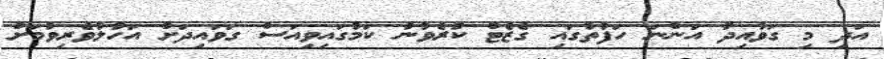
އަދި މި ގަވާއިދު އަންނަ ހަފުތާގައި ގެޒެޓް ކުރެވުނު ކަމުގައިވިއަސް ގަވައިދަށް އަހުލުވެރިވުމަށް